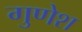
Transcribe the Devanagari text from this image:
गुणेश